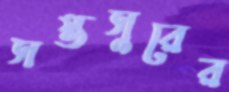
সপ্তসুরের